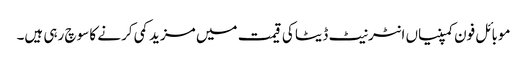
موبائل فون کمپنیاں انٹرنیٹ ڈیٹا کی قیمت میں مزید کمی کرنے کا سوچ رہی ہیں۔